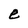
Character: e